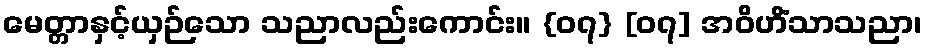
မေတ္တာနှင့်ယှဉ်သော သညာလည်းကောင်း။ {၀၇} [၀၇] အဝိဟိံသာသညာ၊